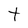
Character: t